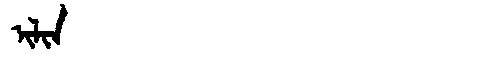
Manchu: ᡳᠯᡳᠨ
Romanization: ILIN